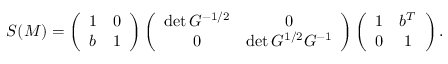
S ( { \cal M } ) = \left( \begin{array} { c c } { { 1 } } & { { 0 } } \\ { { b } } & { { 1 } } \end{array} \right) \left( \begin{array} { c c } { { \operatorname * { d e t } G ^ { - 1 / 2 } } } & { { 0 } } \\ { { 0 } } & { { \operatorname * { d e t } G ^ { 1 / 2 } G ^ { - 1 } } } \end{array} \right) \left( \begin{array} { c c } { { 1 } } & { { b ^ { T } } } \\ { { 0 } } & { { 1 } } \end{array} \right) .